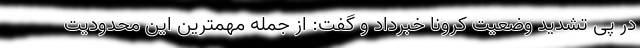
در پی تشدید وضعیت کرونا خبرداد و گفت: از جمله مهمترین این محدودیت